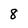
Character: 8